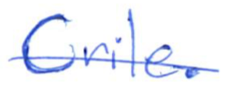
Text: Crile.
Cross-out: single-line
Writing tool: ballpoint